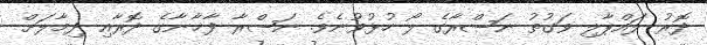
ދޮރު ލައްޕާލި ވަގުތު ނަޞްރާގެ ލޯ ހުޅުވުނެވެ. ނަޞްރާ ފާޚާނާގެ ދޮރާއި ދިމާލަށް